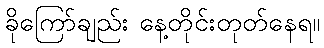
ခိုကြော်ချည်း နေ့တိုင်းတုတ်နေရ။